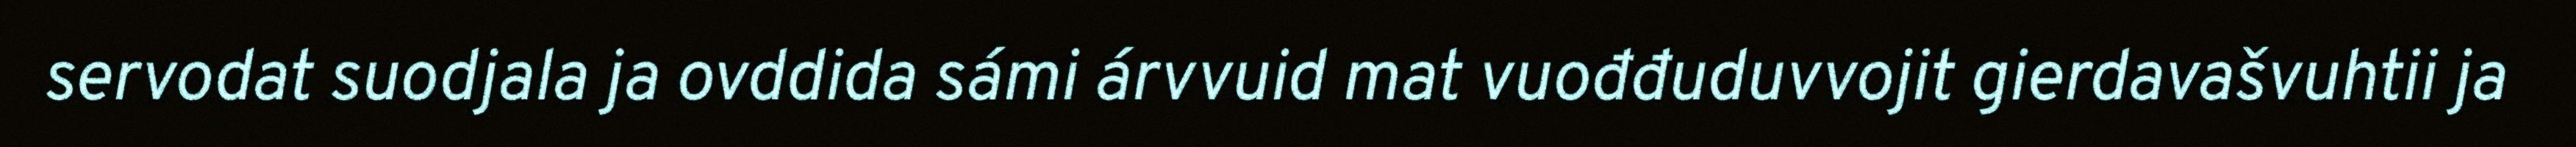
servodat suodjala ja ovddida sámi árvvuid mat vuođđuduvvojit gierdavašvuhtii ja